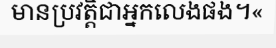
មានប្រវត្តិជាអ្នកលេងផង។«